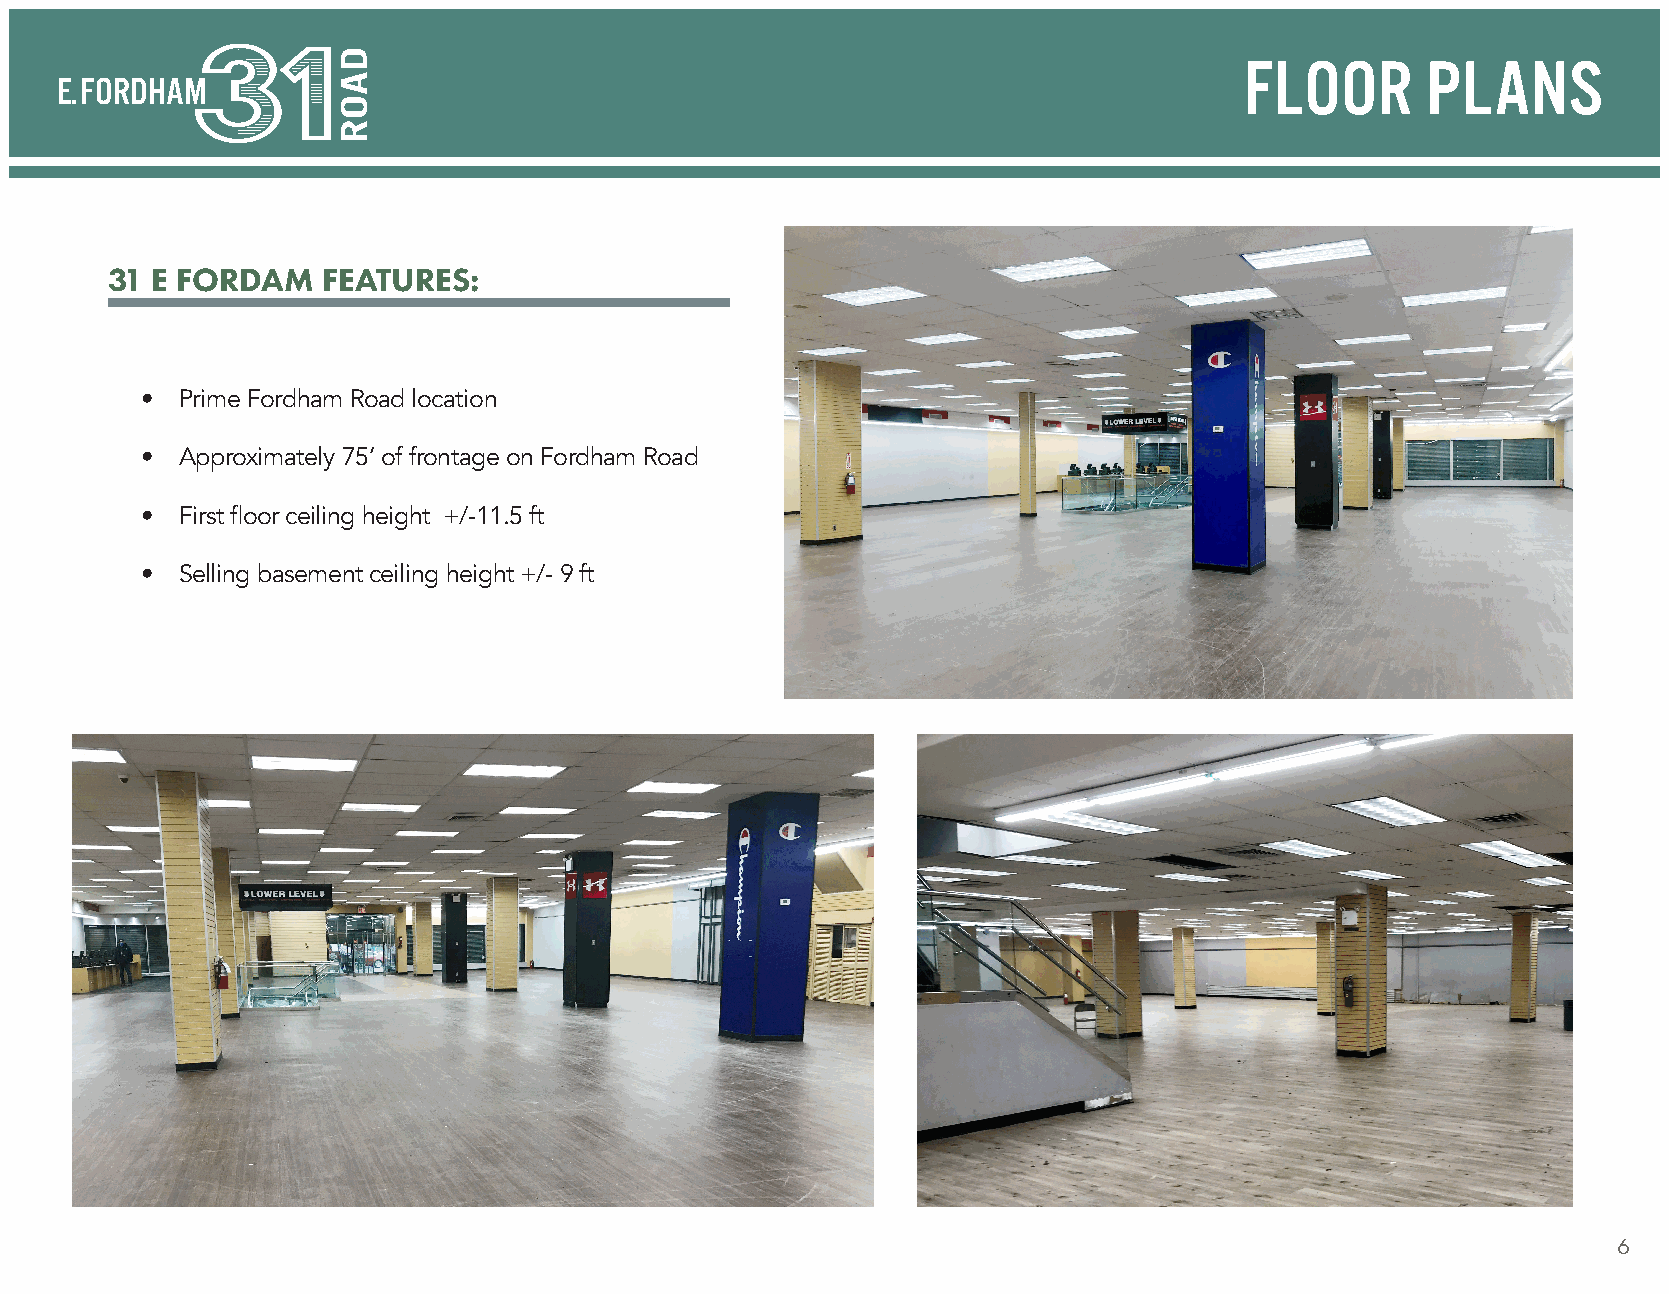
31
 FLOOR       PLANS
 E.FORDHAM
 31 E FORDAM   FEATURES:
 •  Prime Fordham Road location
 •  Approximately 75’ of frontage on Fordham Road
 •  First floor ceiling height +/-11.5 ft
 •  Selling basement ceiling height +/- 9 ft
 2
 6
 DAOR